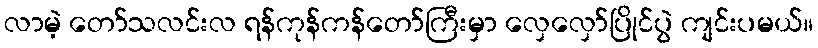
လာမဲ့ တော်သလင်းလ ရန်ကုန်ကန်တော်ကြီးမှာ လှေလှော်ပြိုင်ပွဲ ကျင်းပမယ်။